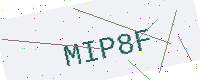
Text: MIP8F